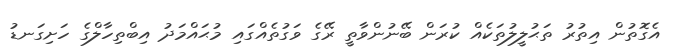
އެގޮތުން އިތުރު ތަޙުލީލުތަކެއް ކުރަން ބޭނުންވާތީ ރޭގެ ވަގުތެއްގައި މުޙައްމަދު އިބްތިހާލްގެ ހަށިގަނޑު